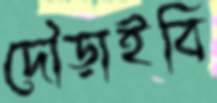
দৌড়াইবি